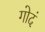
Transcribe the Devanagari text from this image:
गोदं